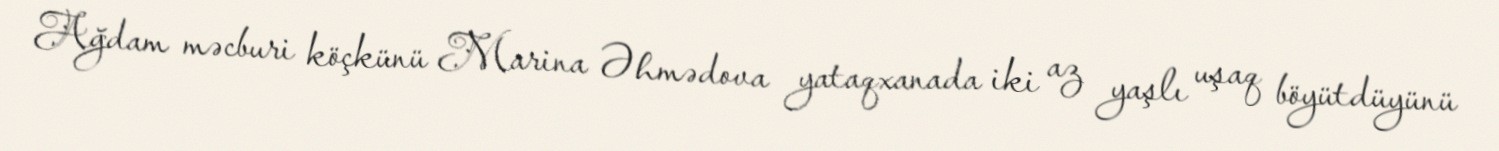
Ağdam məcburi köçkünü Marina Əhmədova yataqxanada iki az yaşlı uşaq böyütdüyünü